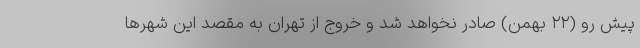
پیش‌ رو (۲۲ بهمن) صادر نخواهد شد و خروج از تهران به مقصد این شهرها